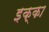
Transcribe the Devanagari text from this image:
इक्‍का